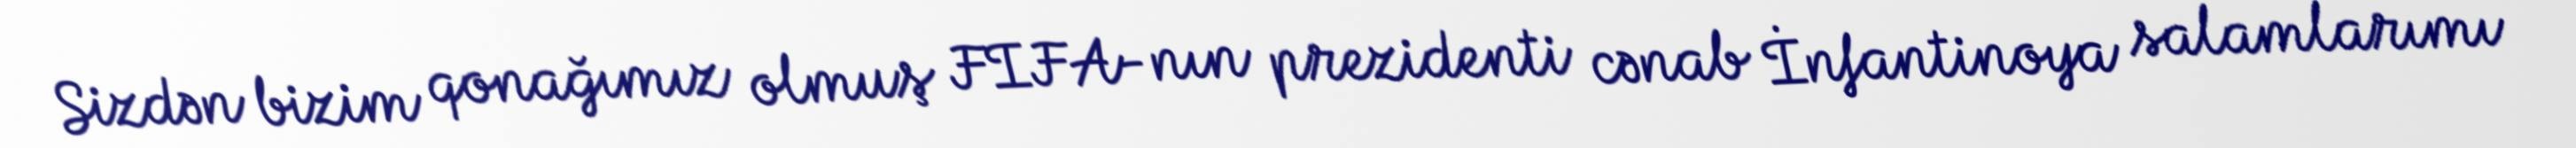
Sizdən bizim qonağımız olmuş FIFA-nın prezidenti cənab İnfantinoya salamlarımı